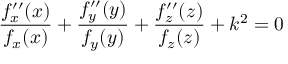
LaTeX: { \frac { f _ { x } ^ { \prime \prime } ( x ) } { f _ { x } ( x ) } } + { \frac { f _ { y } ^ { \prime \prime } ( y ) } { f _ { y } ( y ) } } + { \frac { f _ { z } ^ { \prime \prime } ( z ) } { f _ { z } ( z ) } } + k ^ { 2 } = 0